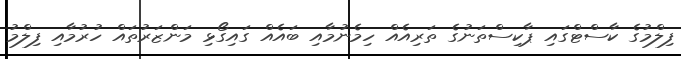
ފިލްމުގެ ކާސްޓްގައި ޕާކިސްތަނުގެ ތަރިއެއް ހިމެނުމާއި ބައެއް ގައިގޯޅި މަންޒަރުތައް ހުރުމާއި ފިލްމު